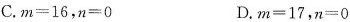
C.$$m = 1 6$$，$$n = 0$$ D.$$m = 1 7$$，$$n = 0$$